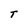
Character: T